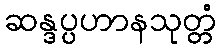
ဆန္ဒပ္ပဟာနသုတ္တံ